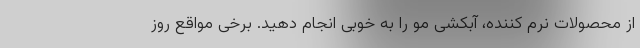
از محصولات نرم کننده، آبکشی مو را به خوبی انجام دهید. برخی مواقع روز